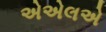
એએલએ